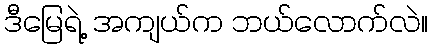
ဒီမြေရဲ့ အကျယ်က ဘယ်လောက်လဲ။